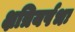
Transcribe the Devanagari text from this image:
क्षत्रियर्षभः